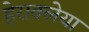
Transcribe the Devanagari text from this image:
हेराक्लेया